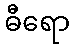
ဓီရော